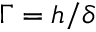
\Gamma = h / \delta